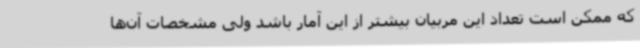
که ممکن است تعداد این مربیان بیشتر از این آمار باشد ولی مشخصات آن‌ها